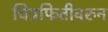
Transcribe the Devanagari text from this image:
चित्रफितीवरुन